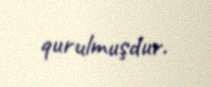
qurulmuşdur.